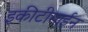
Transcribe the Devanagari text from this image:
इकीटीमाईन